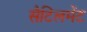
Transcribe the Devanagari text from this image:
सैटिलमेंट